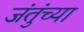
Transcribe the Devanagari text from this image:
जंतुंच्या